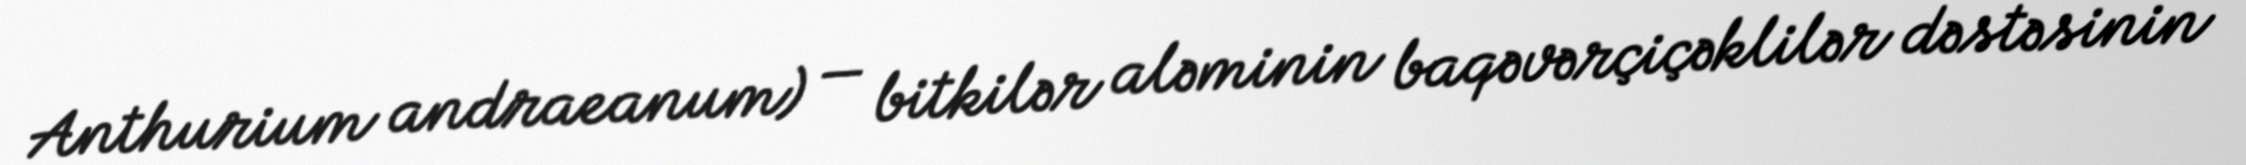
Anthurium andraeanum) — bitkilər aləminin baqəvərçiçəklilər dəstəsinin